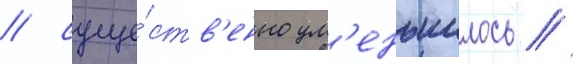
/ суще́ств'енно ум'еньшилось //